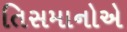
તિસમાનોએ